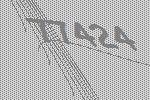
77424